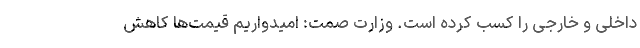
داخلی و خارجی را ‌کسب کرده است. وزارت صمت: امیدواریم قیمت‌ها کاهش